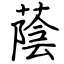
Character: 蔭